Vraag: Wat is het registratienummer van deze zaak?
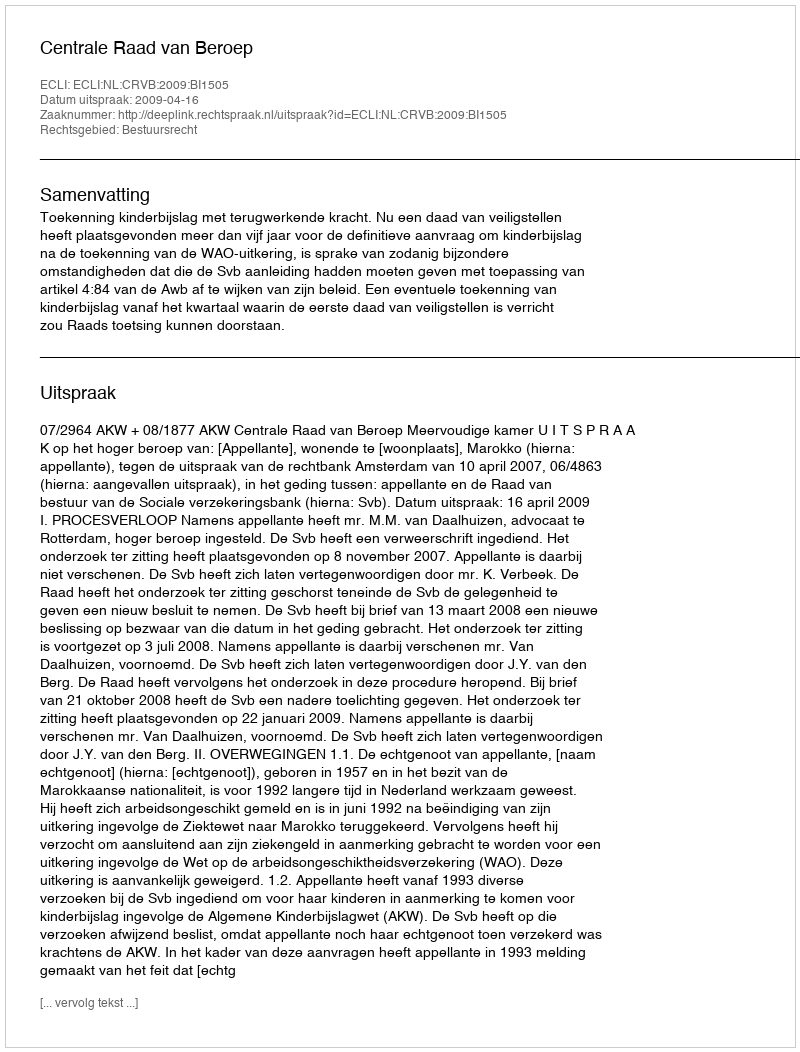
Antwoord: http://deeplink.rechtspraak.nl/uitspraak?id=ECLI:NL:CRVB:2009:BI1505